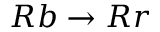
R b \rightarrow R r